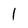
Character: l